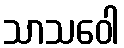
သာသဝေါ